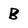
Character: B